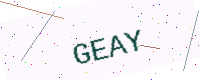
Text: GEAY